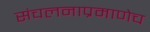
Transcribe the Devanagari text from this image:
संचलनाप्रमाणेच